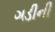
ગડીની